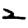
Digit: 2